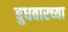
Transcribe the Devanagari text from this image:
बुधवारच्या